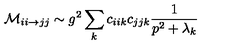
{ \cal M } _ { i i \rightarrow j j } \sim g ^ { 2 } \sum _ { k } c _ { i i k } c _ { j j k } \frac { 1 } { p ^ { 2 } + \lambda _ { k } }